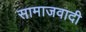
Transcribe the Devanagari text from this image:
सामाजवादी